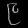
Digit: ၉